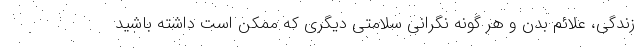
زندگی، علائم بدن و هر گونه نگرانی سلامتی دیگری که ممکن است داشته باشید